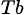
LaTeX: _{Tb}